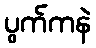
ပွက်ကနဲ